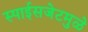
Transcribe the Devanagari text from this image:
स्पाईसजेटमुळे